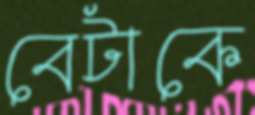
বেটাকে